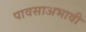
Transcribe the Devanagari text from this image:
पावसाअभावी